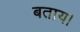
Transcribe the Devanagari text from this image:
बताय।